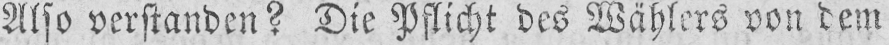
Also verstanden? Die Pflicht des Wählers von dem